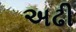
અઢી